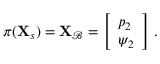
\pi ( \mathbf { X } _ { s } ) = \mathbf { X } _ { \mathcal { B } } = \left[ \begin{array} { l } { p _ { 2 } } \\ { \psi _ { 2 } } \end{array} \right] \, .